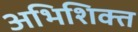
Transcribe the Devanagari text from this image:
अभिशिक्त